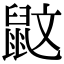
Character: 鼤